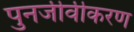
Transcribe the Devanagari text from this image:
पुनर्जीवीकरण